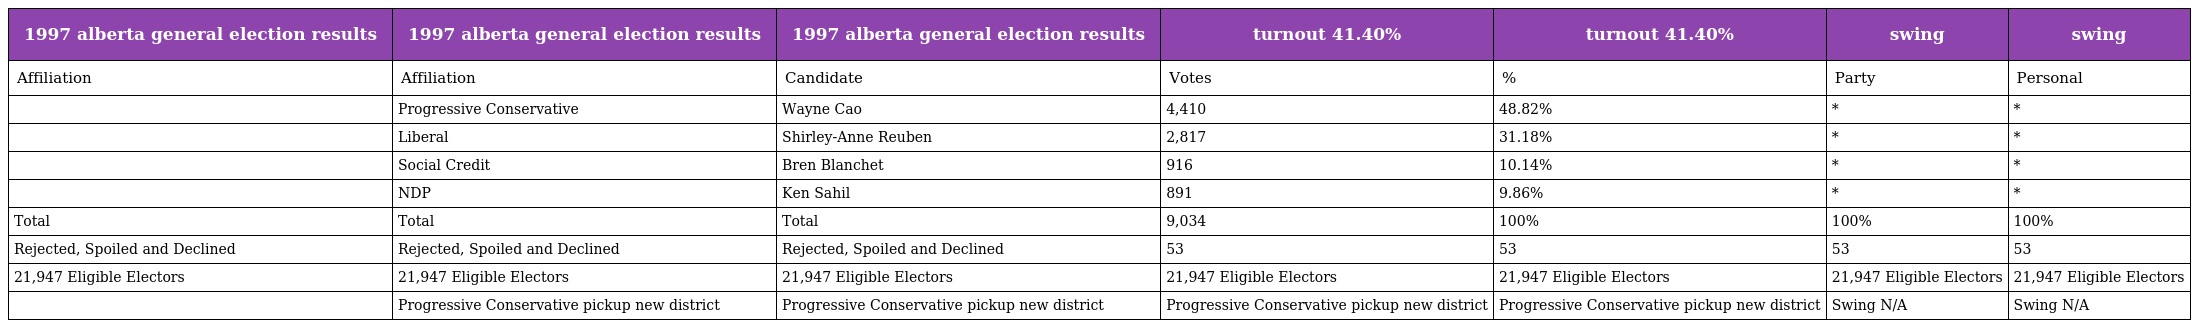
| 1997 alberta general election results | 1997 alberta general election results | 1997 alberta general election results | turnout 41.40% | turnout 41.40% | swing | swing |
 | --- | --- | --- | --- | --- | --- | --- |
 | Affiliation | Affiliation | Candidate | Votes | % | Party | Personal |
 |  | Progressive Conservative | Wayne Cao | 4,410 | 48.82% | * | * |
 |  | Liberal | Shirley-Anne Reuben | 2,817 | 31.18% | * | * |
 |  | Social Credit | Bren Blanchet | 916 | 10.14% | * | * |
 |  | NDP | Ken Sahil | 891 | 9.86% | * | * |
 | Total | Total | Total | 9,034 | 100% | 100% | 100% |
 | Rejected, Spoiled and Declined | Rejected, Spoiled and Declined | Rejected, Spoiled and Declined | 53 | 53 | 53 | 53 |
 | 21,947 Eligible Electors | 21,947 Eligible Electors | 21,947 Eligible Electors | 21,947 Eligible Electors | 21,947 Eligible Electors | 21,947 Eligible Electors | 21,947 Eligible Electors |
 |  | Progressive Conservative pickup new district | Progressive Conservative pickup new district | Progressive Conservative pickup new district | Progressive Conservative pickup new district | Swing N/A | Swing N/A |